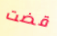
قضت